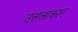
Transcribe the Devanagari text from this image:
उत्तलाकार